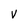
Character: V